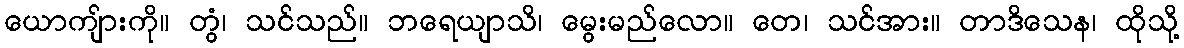
ယောကျ်ားကို။ တွံ၊ သင်သည်။ ဘရေယျာသိ၊ မွေးမည်လော။ တေ၊ သင်အား။ တာဒိသေန၊ ထိုသို့